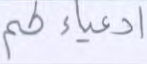
أدعياءكم